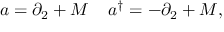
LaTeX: a = \partial _ { 2 } + M \; \; \; \; a ^ { \dagger } = - \partial _ { 2 } + M ,